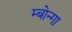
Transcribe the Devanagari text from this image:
म्बोन्गा